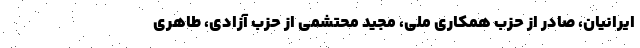
ایرانیان، صادر از حزب همکاری ملی، مجید محتشمی از حزب آزادی، طاهری